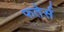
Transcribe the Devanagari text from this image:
फतेर्स